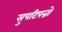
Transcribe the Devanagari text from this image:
सुपटिपन्नो